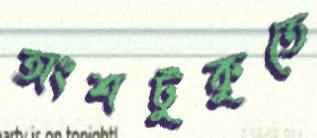
অংশটুকুতে